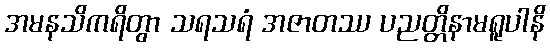
အမနသိကရိတွာ သရသရံ အဇာတဿ ပညတ္တိနာမရူပါနိ